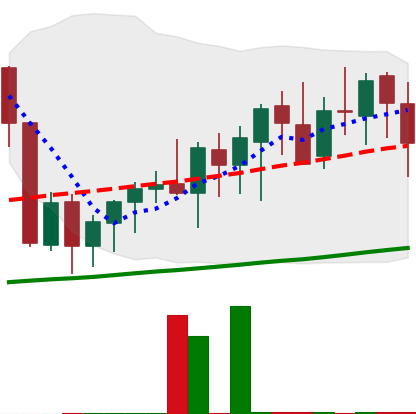
Ticker: XMR-USD
Chart end date: 2020-09-21
Forward return: 6.409%
Label: up_5_7